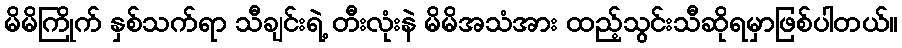
မိမိကြိုက် နှစ်သက်ရာ သီချင်းရဲ့ တီးလုံးနဲ မိမိအသံအား ထည့်သွင်းသီဆိုရမှာဖြစ်ပါတယ်။